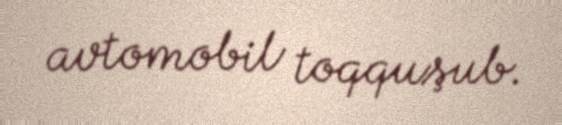
avtomobil toqquşub.